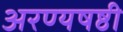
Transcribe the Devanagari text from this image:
अरण्यषष्ठी